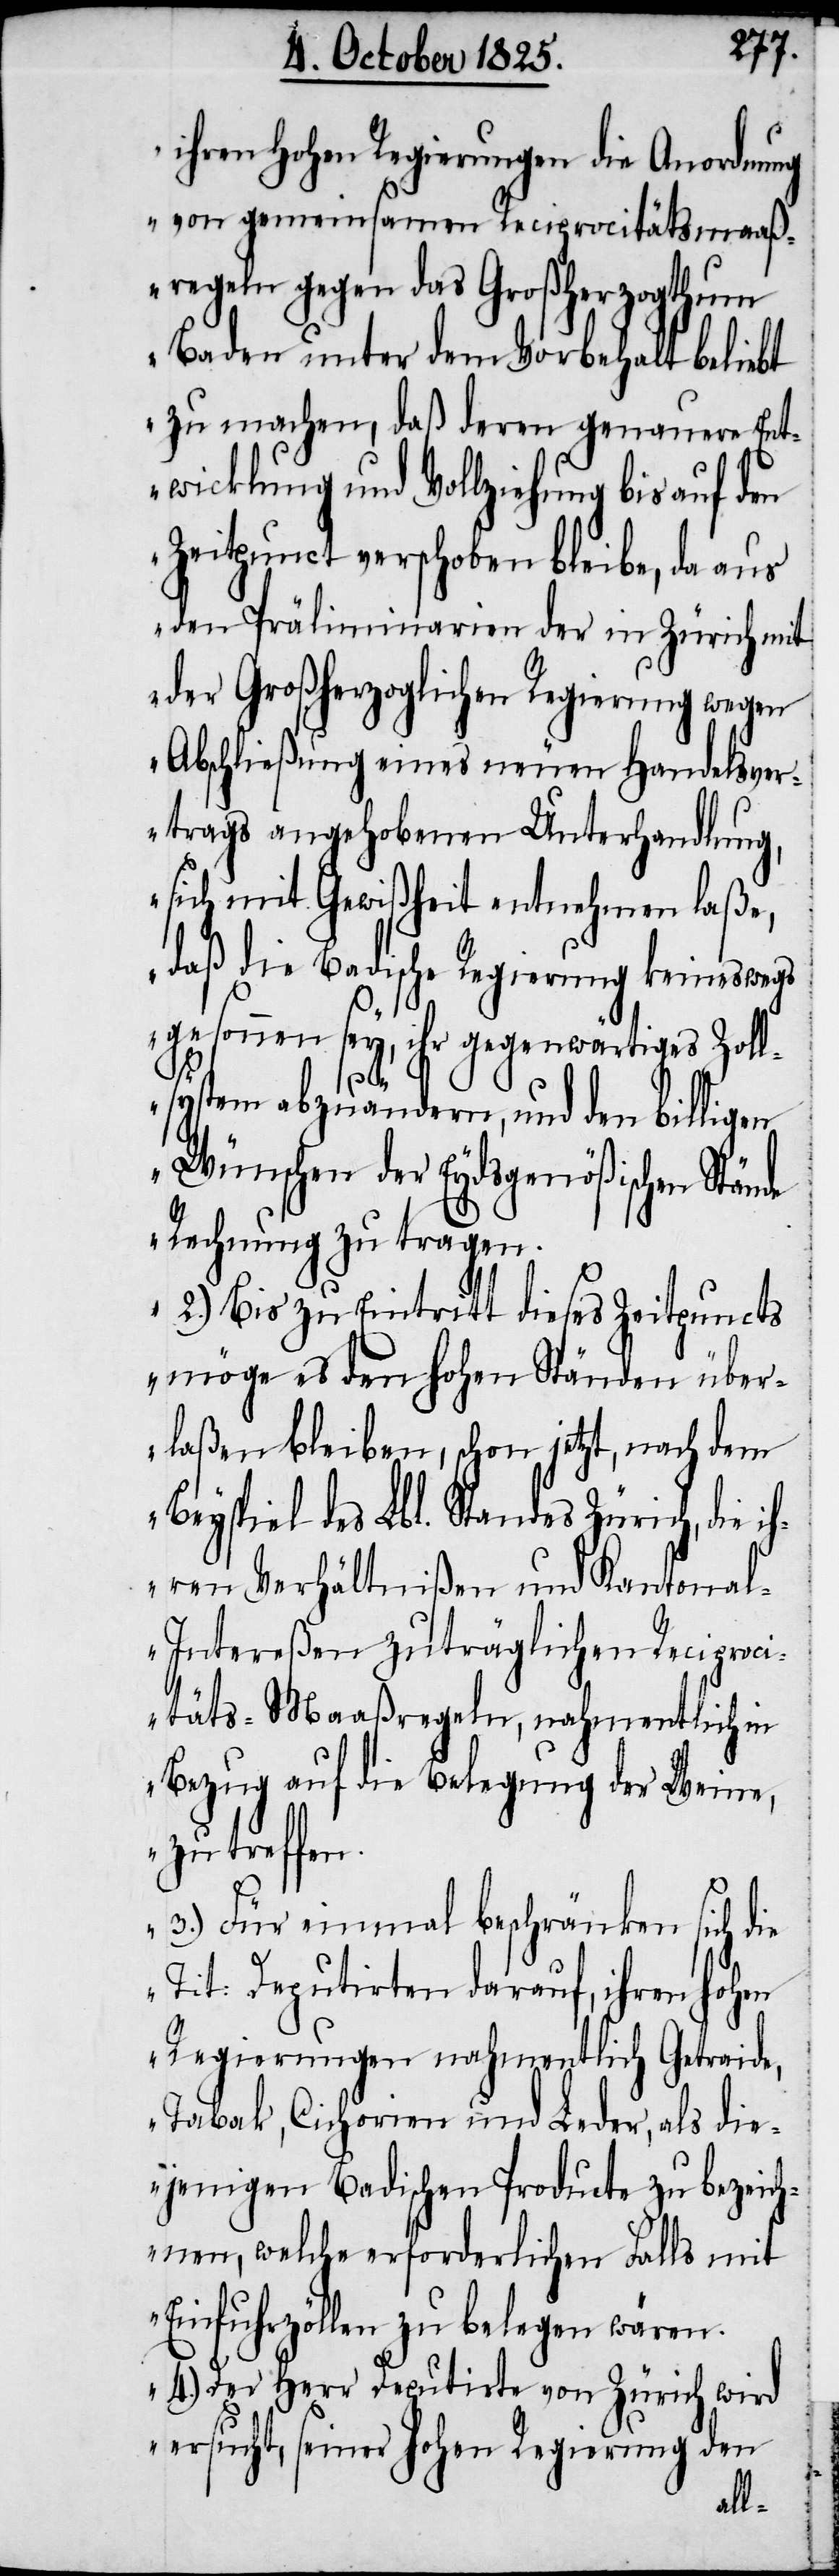
ihren hohen Regierungen die Anordnung
von gemeinsamen Reciprocitätsmaaß¬
regeln gegen das Großherzogthum
Baden unter dem Vorbehalt beliebt
zu machen, daß deren genauere Ent¬
wicklung und Vollziehung bis auf den
Zeitpunct verschoben bleibe, da aus
den Präliminarien der in Zürich mit
der Großherzoglichen Regierung wegen
Abschließung eines neuen Handelsver¬
trags angehobenen Unterhandlung,
sich mit Gewißheit entnehmen laße,
daß die Badische Regierung keineswegs
gesonnen sey, ihr gegenwärtiges Zoll¬
system abzuändern, und den billigen
Wünschen der Eydsgenößischen Stän¬
de Rechnung zu tragen.
2.) Bis zu Eintritt dieses Zeitpuncts
möge es den hohen Ständen über¬
laßen bleiben, schon jetzt, nach dem
Beyspiel des Lbl. Standes Zürich, die i¬
hren Verhältnißen und Kantona¬
l-Intereßen zuträglichen Reciproci¬
täts-Maaßregeln, nahmentlich in
Bezug auf die Belegung der Weine,
zu treffen.
3.) Für einmal beschränken sich die
Tit: Deputirten darauf, ihren hohen
Regierungen nahmentlich Getraide,
Tabak, Cichorien und Leder, als die¬
jenigen Badischen Producte zu bezeich¬
nen, welche erforderlichen Falls mit
Einfuhrzöllen zu belegen wären.
4.) Der Herr Deputirte von Zürich wird
ersucht, seiner hohen Regierung den